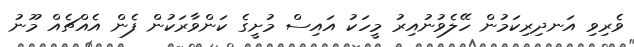
ވެރިވި އަނދިރިކަމުން ހޭލެވުނުއިރު މީހަކު އައިސް މުށީގެ ކަންވާރަކުން ފެން އެއްޗެއް މޫނު